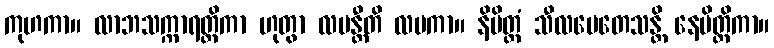
ကုဟကာ။ လာဘသက္ကာရတ္ထိကာ ဟုတွာ လပန္တီတိ လပကာ။ နိမိတ္တံ သီလမေတေသန္တိ နေမိတ္တိကာ။